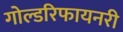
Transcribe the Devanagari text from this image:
गोल्डरिफायनरी